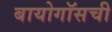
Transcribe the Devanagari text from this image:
बायोगॉसची